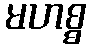
မဟစ္စ